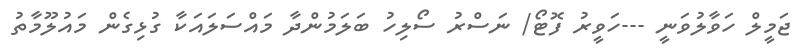
ޖަމީލް ހަވާލުވަނީ ---ހަވީރު ފޮޓޯ/ ނަސްރު ސޯލިހު ބަލަމުންދާ މައްސަލައަކާ ގުޅިގެން މައުލޫމާތު